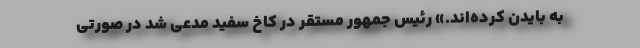
به بایدن کرده‌اند.» رئیس جمهور مستقر در کاخ سفید مدعی شد در صورتی